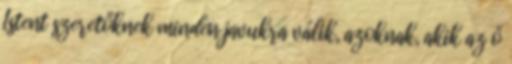
Istent szeretőknek minden javukra válik, azoknak, akik az ő